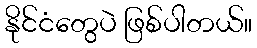
နိုင်ငံတွေပဲ ဖြစ်ပါတယ်။